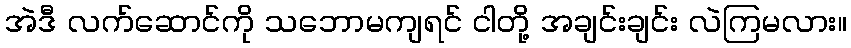
အဲဒီ လက်ဆောင်ကို သဘောမကျရင် ငါတို့ အချင်းချင်း လဲကြမလား။